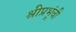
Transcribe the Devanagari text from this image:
श्रीप्रभूंची